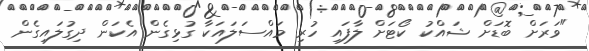
"ވަރަށް ބޮޑަށް ޝައްކު ކޯޓަށް ލާފައި ހުރި މައްސަލައަކާ ގުޅިގެން އެކަން ދިގުލައިގެން